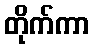
တိုက်ကာ